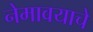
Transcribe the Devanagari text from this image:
नेमावयाचे